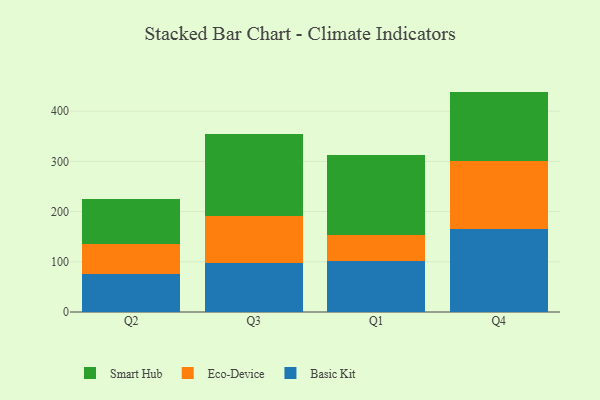
{"axis": {"x": "Quarter", "y": "Production Output"}, "legend": ["Basic Kit", "Eco-Device", "Smart Hub"], "data": [{"x": "Q2", "y": 76.6, "type": "Basic Kit"}, {"x": "Q2", "y": 58.2, "type": "Eco-Device"}, {"x": "Q2", "y": 89.9, "type": "Smart Hub"}, {"x": "Q3", "y": 97.8, "type": "Basic Kit"}, {"x": "Q3", "y": 94.3, "type": "Eco-Device"}, {"x": "Q3", "y": 162.7, "type": "Smart Hub"}, {"x": "Q1", "y": 101.7, "type": "Basic Kit"}, {"x": "Q1", "y": 51.6, "type": "Eco-Device"}, {"x": "Q1", "y": 160.1, "type": "Smart Hub"}, {"x": "Q4", "y": 165.3, "type": "Basic Kit"}, {"x": "Q4", "y": 136.2, "type": "Eco-Device"}, {"x": "Q4", "y": 137.5, "type": "Smart Hub"}]}